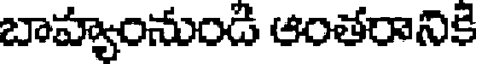
బాహ్యంనుండి ఆంతరానికి